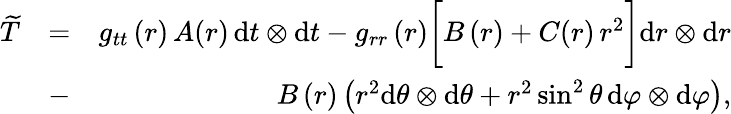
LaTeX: \begin{array}{rlr}{\widetilde{T}}&{=}&{g_{tt}\left(r\right)\, A(r)\, \mathrm{d}t\otimes\mathrm{d}t-g_{rr}\left(r\right)\bigg[B\left(r\right)+C(r)\, r^{2}\bigg]\mathrm{d}r\otimes\mathrm{d}r}\\ &{-}&{\, B\left(r\right)\left(r^{2}\mathrm{d}\theta\otimes\mathrm{d}\theta+r^{2}\sin^{2}\theta\, \mathrm{d}\varphi\otimes\mathrm{d}\varphi\right),}\end{array}